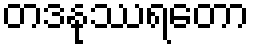
တဒနုဿရတော